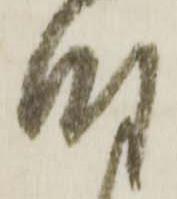
時